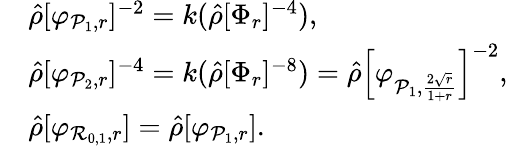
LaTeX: \begin{array}{rl}&{\hat{\rho}[\varphi_{\mathcal{P}_{1},r}]^{-2}=k(\hat{\rho}[\Phi_{r}]^{-4}),}\\ &{\hat{\rho}[\varphi_{\mathcal{P}_{2},r}]^{-4}=k(\hat{\rho}[\Phi_{r}]^{-8})=\hat{\rho}\left[\varphi_{\mathcal{P}_{1},\frac{2\sqrt{r}}{1+r}}\right]^{-2},}\\ &{\hat{\rho}[\varphi_{\mathcal{R}_{0,1},r}]=\hat{\rho}[\varphi_{\mathcal{P}_{1},r}].}\end{array}